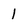
Character: 1